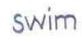
swim